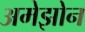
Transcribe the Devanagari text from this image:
अमेझोन